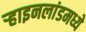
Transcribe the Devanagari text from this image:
र्‍हाइनलांडमध्ये